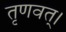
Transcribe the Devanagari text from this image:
तृणवत्।